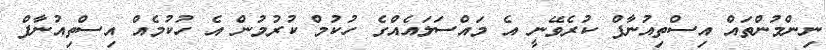
ނިންމުންތައް އިސްތިއުނާފް ކުރެވޭނީ އެ މައްސަލައެއްގެ ހުކުމް ކުރުމުން އެ ހުކުމެއް އިސްތިއުނާފް